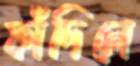
ফাঁদিলে